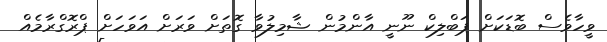
ވީހާވެސް ބޮޑަކަށް ޕަބްލިކް ނޫނީ އާންމުން ޝާމިލުވާ ގޮތަށް ވަރަށް އަވަހަށް ޕްރޮގްރާމެއް